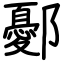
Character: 鄾